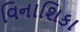
વિનાશિકા